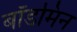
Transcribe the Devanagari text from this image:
बॉडमिन